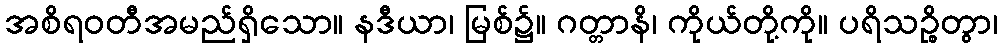
အစိရဝတီအမည်ရှိသော။ နဒီယာ၊ မြစ်၌။ ဂတ္တာနိ၊ ကိုယ်တို့ကို။ ပရိသဉ္စိတွာ၊